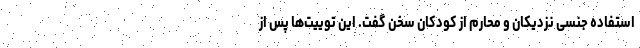
استفاده جنسی نزدیکان و محارم از کودکان سخن گفت. این توییت‌ها پس از